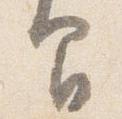
間